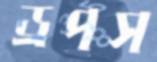
ড্রপস